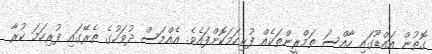
ގޮތުން އައްޑޫގައި ހާއްސަ ތަމްރީންތަކެއް ފުރިހަމަކޮށްފައެވެ. އެއްމަސް ދުވަހުގެ ތެރޭގައި ފުރިހަމަ ކުރާ